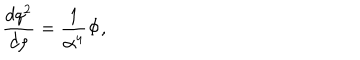
{ \frac { d q ^ { 2 } } { d \rho } } = { \frac { 1 } { \alpha ^ { 4 } } } \Phi ,